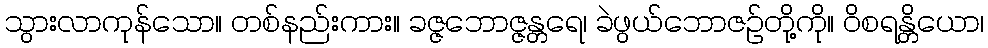
သွားလာကုန်သော။ တစ်နည်းကား။ ခဇ္ဇဘောဇ္ဇန္တရေ၊ ခဲဖွယ်ဘောဇဉ်တို့ကို။ ဝိစရန္တိယော၊